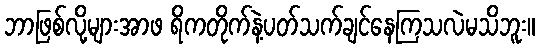
ဘာဖြစ်လို့များအာဖ ရိကတိုက်နဲ့ပတ်သက်ချင်နေကြသလဲမသိဘူး။